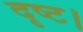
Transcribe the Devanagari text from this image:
दृष्ट।